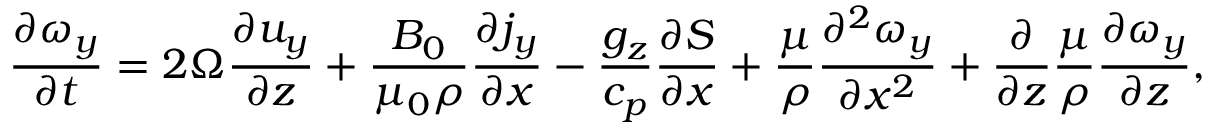
\frac { \partial \omega _ { y } } { \partial t } = 2 \Omega \frac { \partial u _ { y } } { \partial z } + \frac { B _ { 0 } } { \mu _ { 0 } \rho } \frac { \partial j _ { y } } { \partial x } - \frac { g _ { z } } { c _ { p } } \frac { \partial S } { \partial x } + \frac { \mu } { \rho } \frac { \partial ^ { 2 } \omega _ { y } } { \partial x ^ { 2 } } + \frac { \partial } { \partial z } \frac { \mu } { \rho } \frac { \partial \omega _ { y } } { \partial z } ,